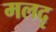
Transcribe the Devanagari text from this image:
मलदृ